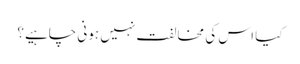
کیا اس کی مخالفت نہیں ہونی چاہیے؟